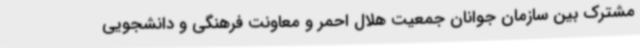
مشترک بین سازمان جوانان جمعیت هلال احمر و معاونت فرهنگی و دانشجویی